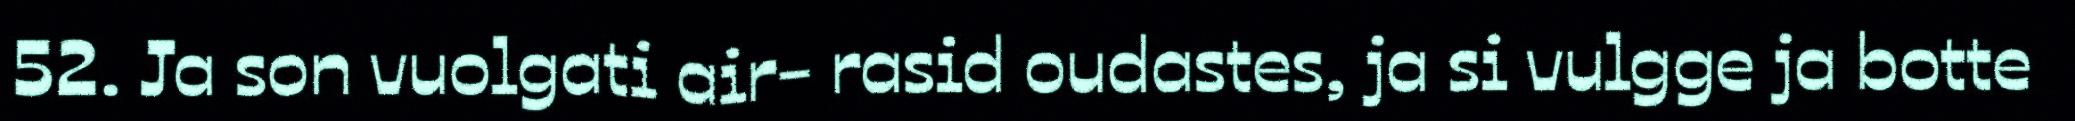
52. Ja son vuolgati air- rasid oudastes, ja si vulgge ja botte